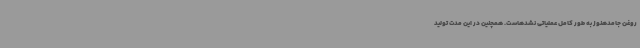
روغن جامدهنوز به طور کامل عملیاتی نشدهاست. همچنین در این مدت تولید